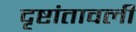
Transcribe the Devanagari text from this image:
दृष्टांतावली